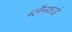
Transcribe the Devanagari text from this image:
ब्लैनकार्ड